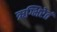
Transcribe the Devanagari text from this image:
ऋग्भिरेतं